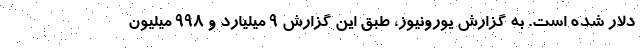
دلار شده است. به گزارش یورونیوز، طبق این گزارش ۹ میلیارد و ۹۹۸ میلیون